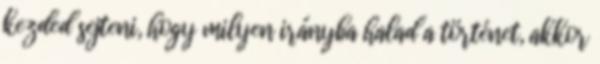
kezded sejteni, hogy milyen irányba halad a történet, akkor